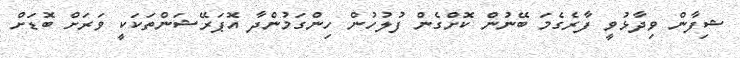
ޝިފާން ވިދާޅުވީ ފާރެގެމަ ބޭނުން ކޮށްގެން ފުލުހުން ހިންގަމުންދާ އޮޕަރޭޝަންތަކަކީ ވަރަށް ބޮޑަށް